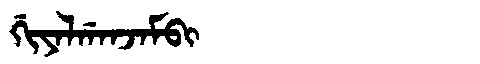
Manchu: ᡤᡳᠶᠠᠯᡤᠠᠨᠵᠠᠮᠪᡳ
Romanization: GIYALGANJAMBI